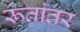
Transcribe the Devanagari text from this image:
रूतांतर